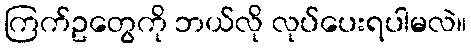
ကြက်ဥတွေကို ဘယ်လို လုပ်ပေးရပါမလဲ။